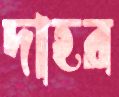
দাহর